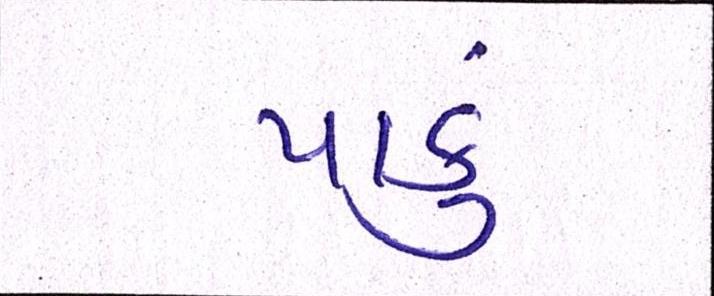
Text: પાકું